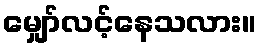
မျှော်လင့်နေသလား။